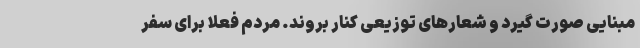
مبنایی صورت گیرد و شعارهای توزیعی کنار بروند. مردم فعلا برای سفر